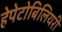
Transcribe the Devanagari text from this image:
हेपेटोबिलियरी